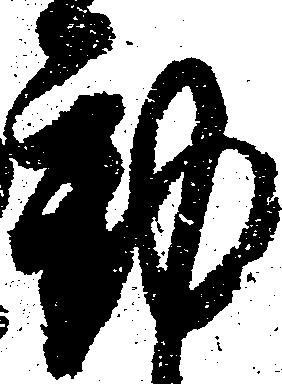
動